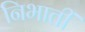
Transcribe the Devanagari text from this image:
निभातीं